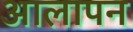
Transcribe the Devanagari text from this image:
आलापन